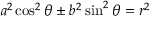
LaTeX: { a ^ { 2 } } \cos ^ { 2 } \theta \pm { b ^ { 2 } } \sin ^ { 2 } \theta = r ^ { 2 }